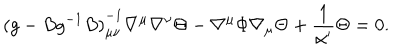
{ ( g - B g ^ { - 1 } B ) } _ { \mu \nu } ^ { - 1 } \nabla ^ { \mu } \nabla ^ { \nu } \Theta - \nabla ^ { \mu } \Phi \nabla _ { \mu } \Theta + { \frac { 1 } { \alpha ^ { \prime } } } \Theta = 0 .